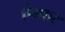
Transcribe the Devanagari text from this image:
ऐम्फर